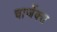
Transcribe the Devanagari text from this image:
चार्जेक्स